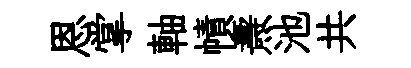
恩掌軸幘燾池共